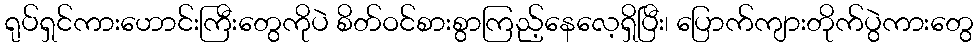
ရုပ်ရှင်ကားဟောင်းကြီးတွေကိုပဲ စိတ်ဝင်စားစွာကြည့်နေလေ့ရှိပြီး၊ ပြောက်ကျားတိုက်ပွဲကားတွေ